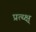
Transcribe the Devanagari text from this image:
प्रत्य्क्ष्